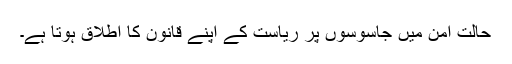
حالتِ امن میں جاسوسوں پر ریاست کے اپنے قانون کا اطلاق ہوتا ہے۔